Indian journal of veterinary science and animal husbandry - Volume 14,
Year: 1944
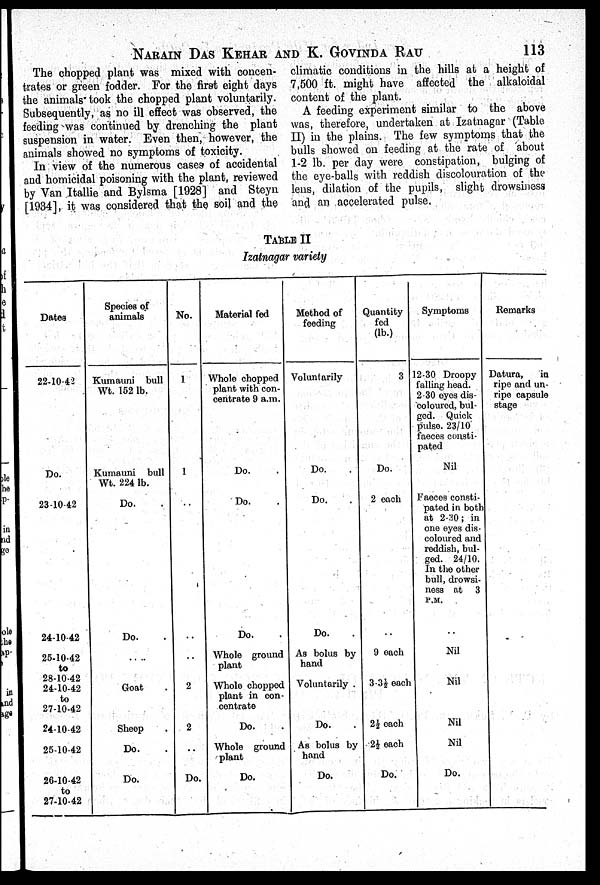
NARAIN DAS KEHAR AND K. GOVINDA RAU 113
The chopped plant was mixed with concen-
trates or green fodder. For the first eight days
the animals took the chopped plant voluntarily.
Subsequently, as no ill effect was observed, the
feeding was continued by drenching the plant
suspension in water. Even then, however, the
animals showed no symptoms of toxicity.
In view of the numerous cases of accidental
and homicidal poisoning with the plant, reviewed
by Van Itallie and Bylsma [1928] and Steyn
[1934], it was considered that the soil and the
climatic conditions in the hills at a height of
7,500 ft. might have affected the alkaloidal
content of the plant.
A feeding experiment similar to the above
was, therefore, undertaken at Izatnagar (Table
II) in the plains. The few symptoms that the
bulls showed on feeding at the rate of about
1-2 lb. per day were constipation, bulging of
the eye-balls with reddish discolouration of the
lens, dilation of the pupils, slight drowsiness
and an accelerated pulse.
TABLE II
Izatnagar variety
Dates
22-10-42
Do.
23-10-42
24-10-42
25-10-42
to
28-10-42
24-10-42
to
27-10-42
24-10-42
25-10-42
26-10-42
to
27-10-42
Species of
animals
Kumauni bull
Wt. 152 lb.
Kumauni bull
Wt. 224 lb.
Do. .
Do. .
...
Goat .
Sheep .
Do. .
Do.
No.
1
1
..
..
..
2
2
..
Do.
Material fed
Whole chopped
plant with con-
centrate 9 a.m.
Do. .
Do. .
Do. .
Whole ground
plant
Whole chopped
plant in con-
centrate
Do. .
Whole ground
plant
Do.
Method of
feeding
Voluntarily
Do. .
Do. .
Do. .
As bolus by
hand
Voluntarily .
Do. .
As bolus by
hand
Do.
Quantity
fed
(lb.)
3
Do.
2 each
..
9 each
3-3½ each
2½ each
2½ each
Do.
Symptoms
12-30 Droopy
falling head.
2-30 eyes dis-
coloured, bul-
ged. Quick
pulse. 23/10
faeces consti-
pated
Nil
Faeces consti-
pated in both
at 2-30; in
one eyes dis-
coloured and
reddish, bul-
ged. 24/10.
In the other
bull, drowsi-
ness at 3
P.M.
..
Nil
Nil
Nil
Nil
Do.
Remarks
Datura,
in
ripe and un-
ripe capsule
stage